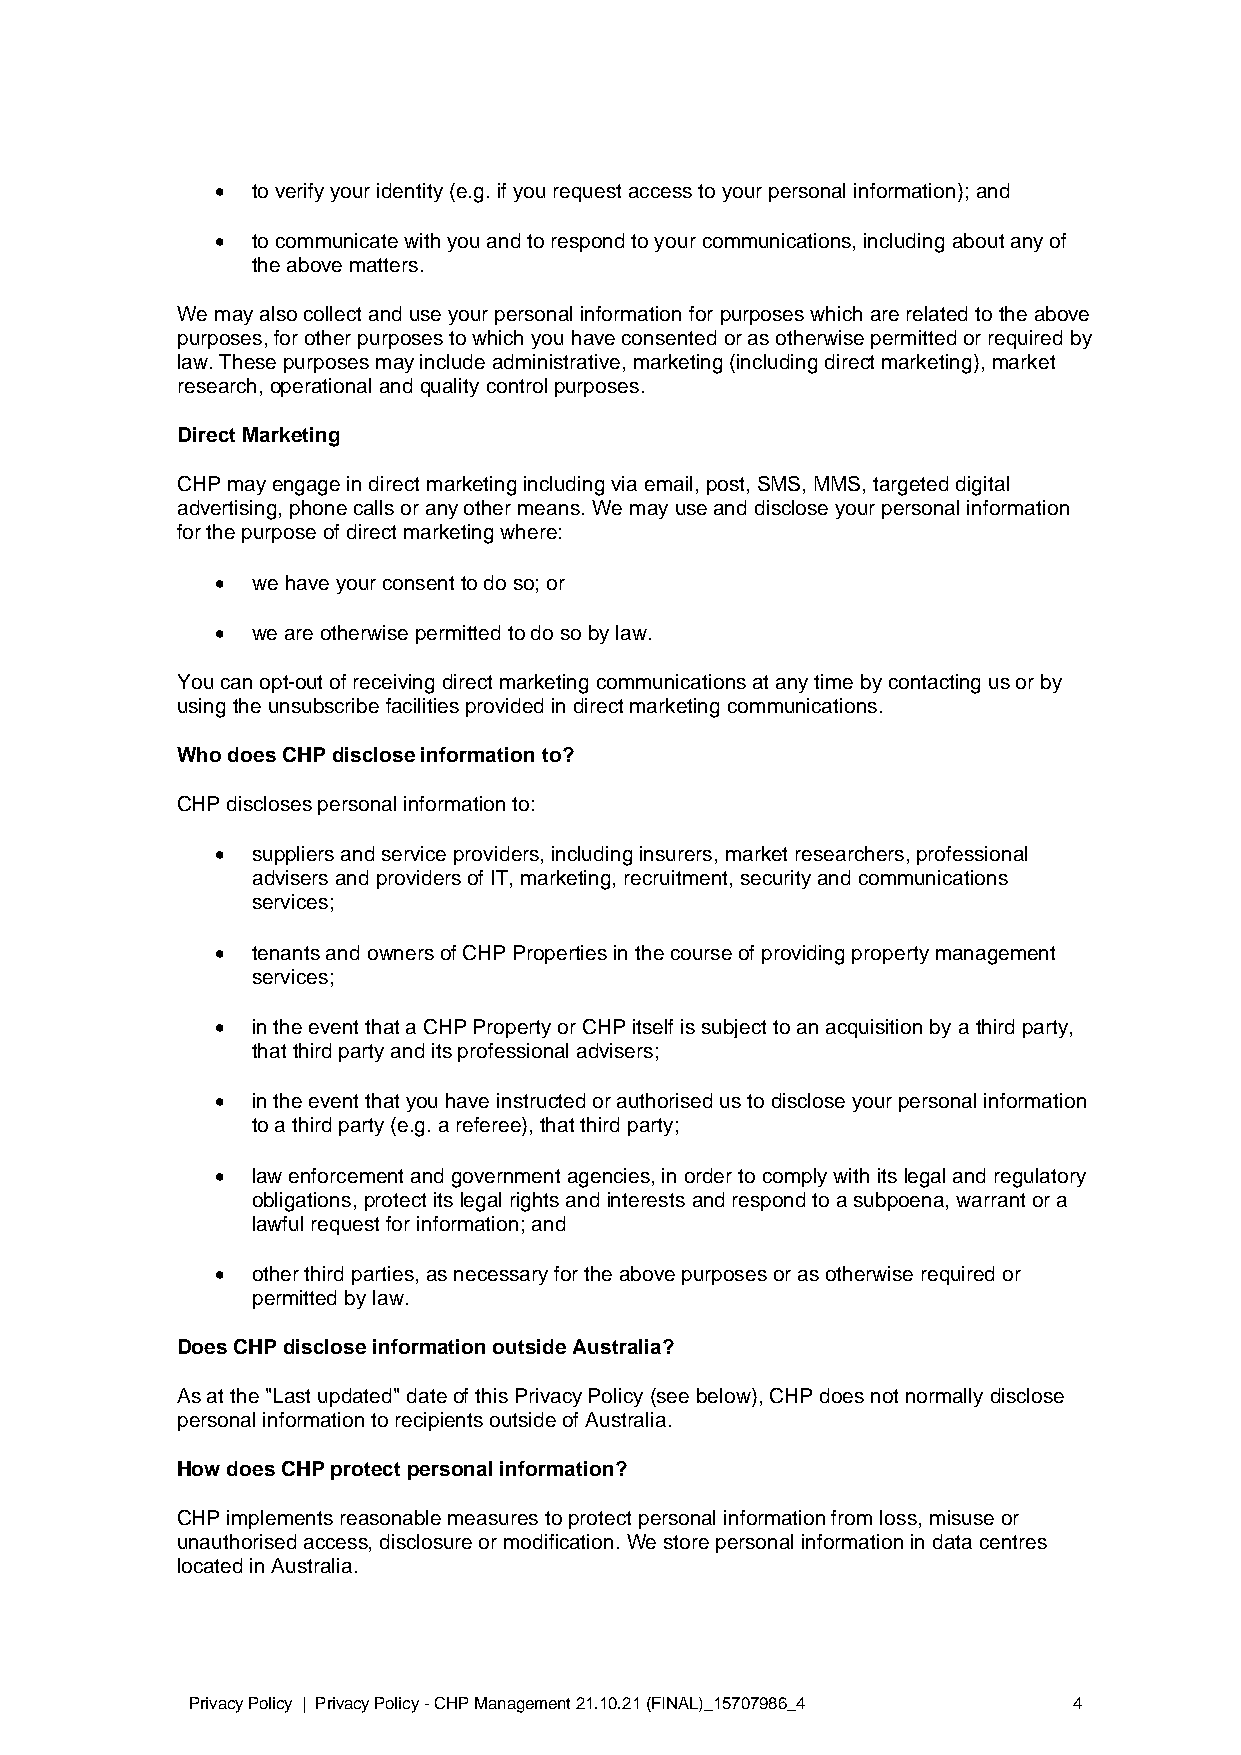
•  to verify your identity (e.g. if you request access to your personal information); and
 •  to communicate with you and to respond to your communications, including about any of
 the above matters.
 We may also collect and use your personal information for purposes which are related to the above
 purposes, for other purposes to which you have consented or as otherwise permitted or required by
 law. These purposes may include administrative, marketing (including direct marketing), market
 research, operational and quality control purposes.
 Direct Marketing
 CHP may engage in direct marketing including via email, post, SMS, MMS, targeted digital
 advertising, phone calls or any other means. We may use and disclose your personal information
 for the purpose of direct marketing where:
 •  we have your consent to do so; or
 •  we are otherwise permitted to do so by law.
 You can opt-out of receiving direct marketing communications at any time by contacting us or by
 using the unsubscribe facilities provided in direct marketing communications.
 Who does CHP disclose information to?
 CHP discloses personal information to:
 •  suppliers and service providers, including insurers, market researchers, professional
 advisers and providers of IT, marketing, recruitment, security and communications
 services;
 •  tenants and owners of CHP Properties in the course of providing property management
 services;
 •  in the event that a CHP Property or CHP itself is subject to an acquisition by a third party,
 that third party and its professional advisers;
 •  in the event that you have instructed or authorised us to disclose your personal information
 to a third party (e.g. a referee), that third party;
 •  law enforcement and government agencies, in order to comply with its legal and regulatory
 obligations, protect its legal rights and interests and respond to a subpoena, warrant or a
 lawful request for information; and
 •  other third parties, as necessary for the above purposes or as otherwise required or
 permitted by law.
 Does CHP disclose information outside Australia?
 As at the "Last updated" date of this Privacy Policy (see below), CHP does not normally disclose
 personal information to recipients outside of Australia.
 How does CHP protect personal information?
 CHP implements reasonable measures to protect personal information from loss, misuse or
 unauthorised access, disclosure or modification. We store personal information in data centres
 located in Australia.
 Privacy Policy | Privacy Policy - CHP Management 21.10.21 (FINAL)_15707986_4 4